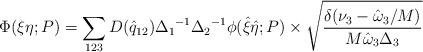
LaTeX: \begin{align*}\Phi(\xi \eta; P) = \sum_{123} D({\hat q}_{12}){\Delta_1}^{-1}{\Delta_2}^{-1}\phi ({\hat \xi} {\hat \eta}; P) \times \sqrt{{\delta(\nu_3 -{\hat \omega}_3/M)} \over{M {\hat \omega}_3 {\Delta}_3}}\end{align*}